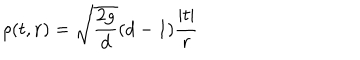
\rho ( t , { \bf r } ) = \sqrt { \frac { 2 g } { d } } ( d - 1 ) { \frac { | t | } { r } }